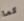
كما